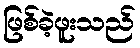
ဖြစ်ခဲ့ဖူးသည်